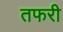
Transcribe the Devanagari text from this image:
तफरी